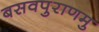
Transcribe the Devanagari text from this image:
बसवपुराणमु